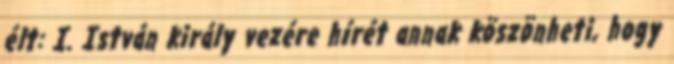
élt: I. István király vezére hírét annak köszönheti, hogy